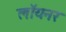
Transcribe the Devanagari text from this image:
लॉयनर